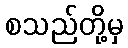
စသည်တို့မှ